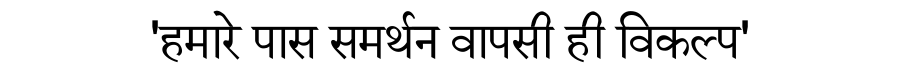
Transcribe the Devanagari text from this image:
'हमारे पास समर्थन वापसी ही विकल्प'